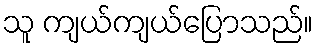
သူ ကျယ်ကျယ်ပြောသည်။